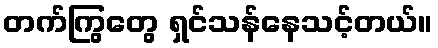
တက်ကြွတွေ ရှင်သန်နေသင့်တယ်။